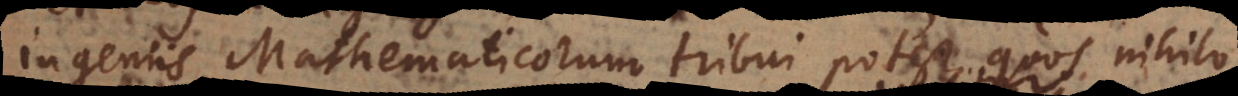
ingeniis Mathematicorum tribui potest, quos nihilo